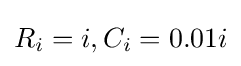
R_{i}=i,C_{i}=0.01i